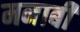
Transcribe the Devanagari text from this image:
मनाबी